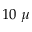
1 0 ~ \mu